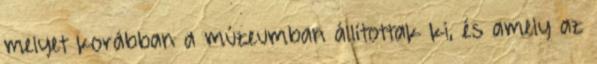
melyet korábban a múzeumban állítottak ki, és amely az